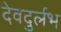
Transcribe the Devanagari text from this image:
देवदुर्लभ